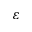
\varepsilon